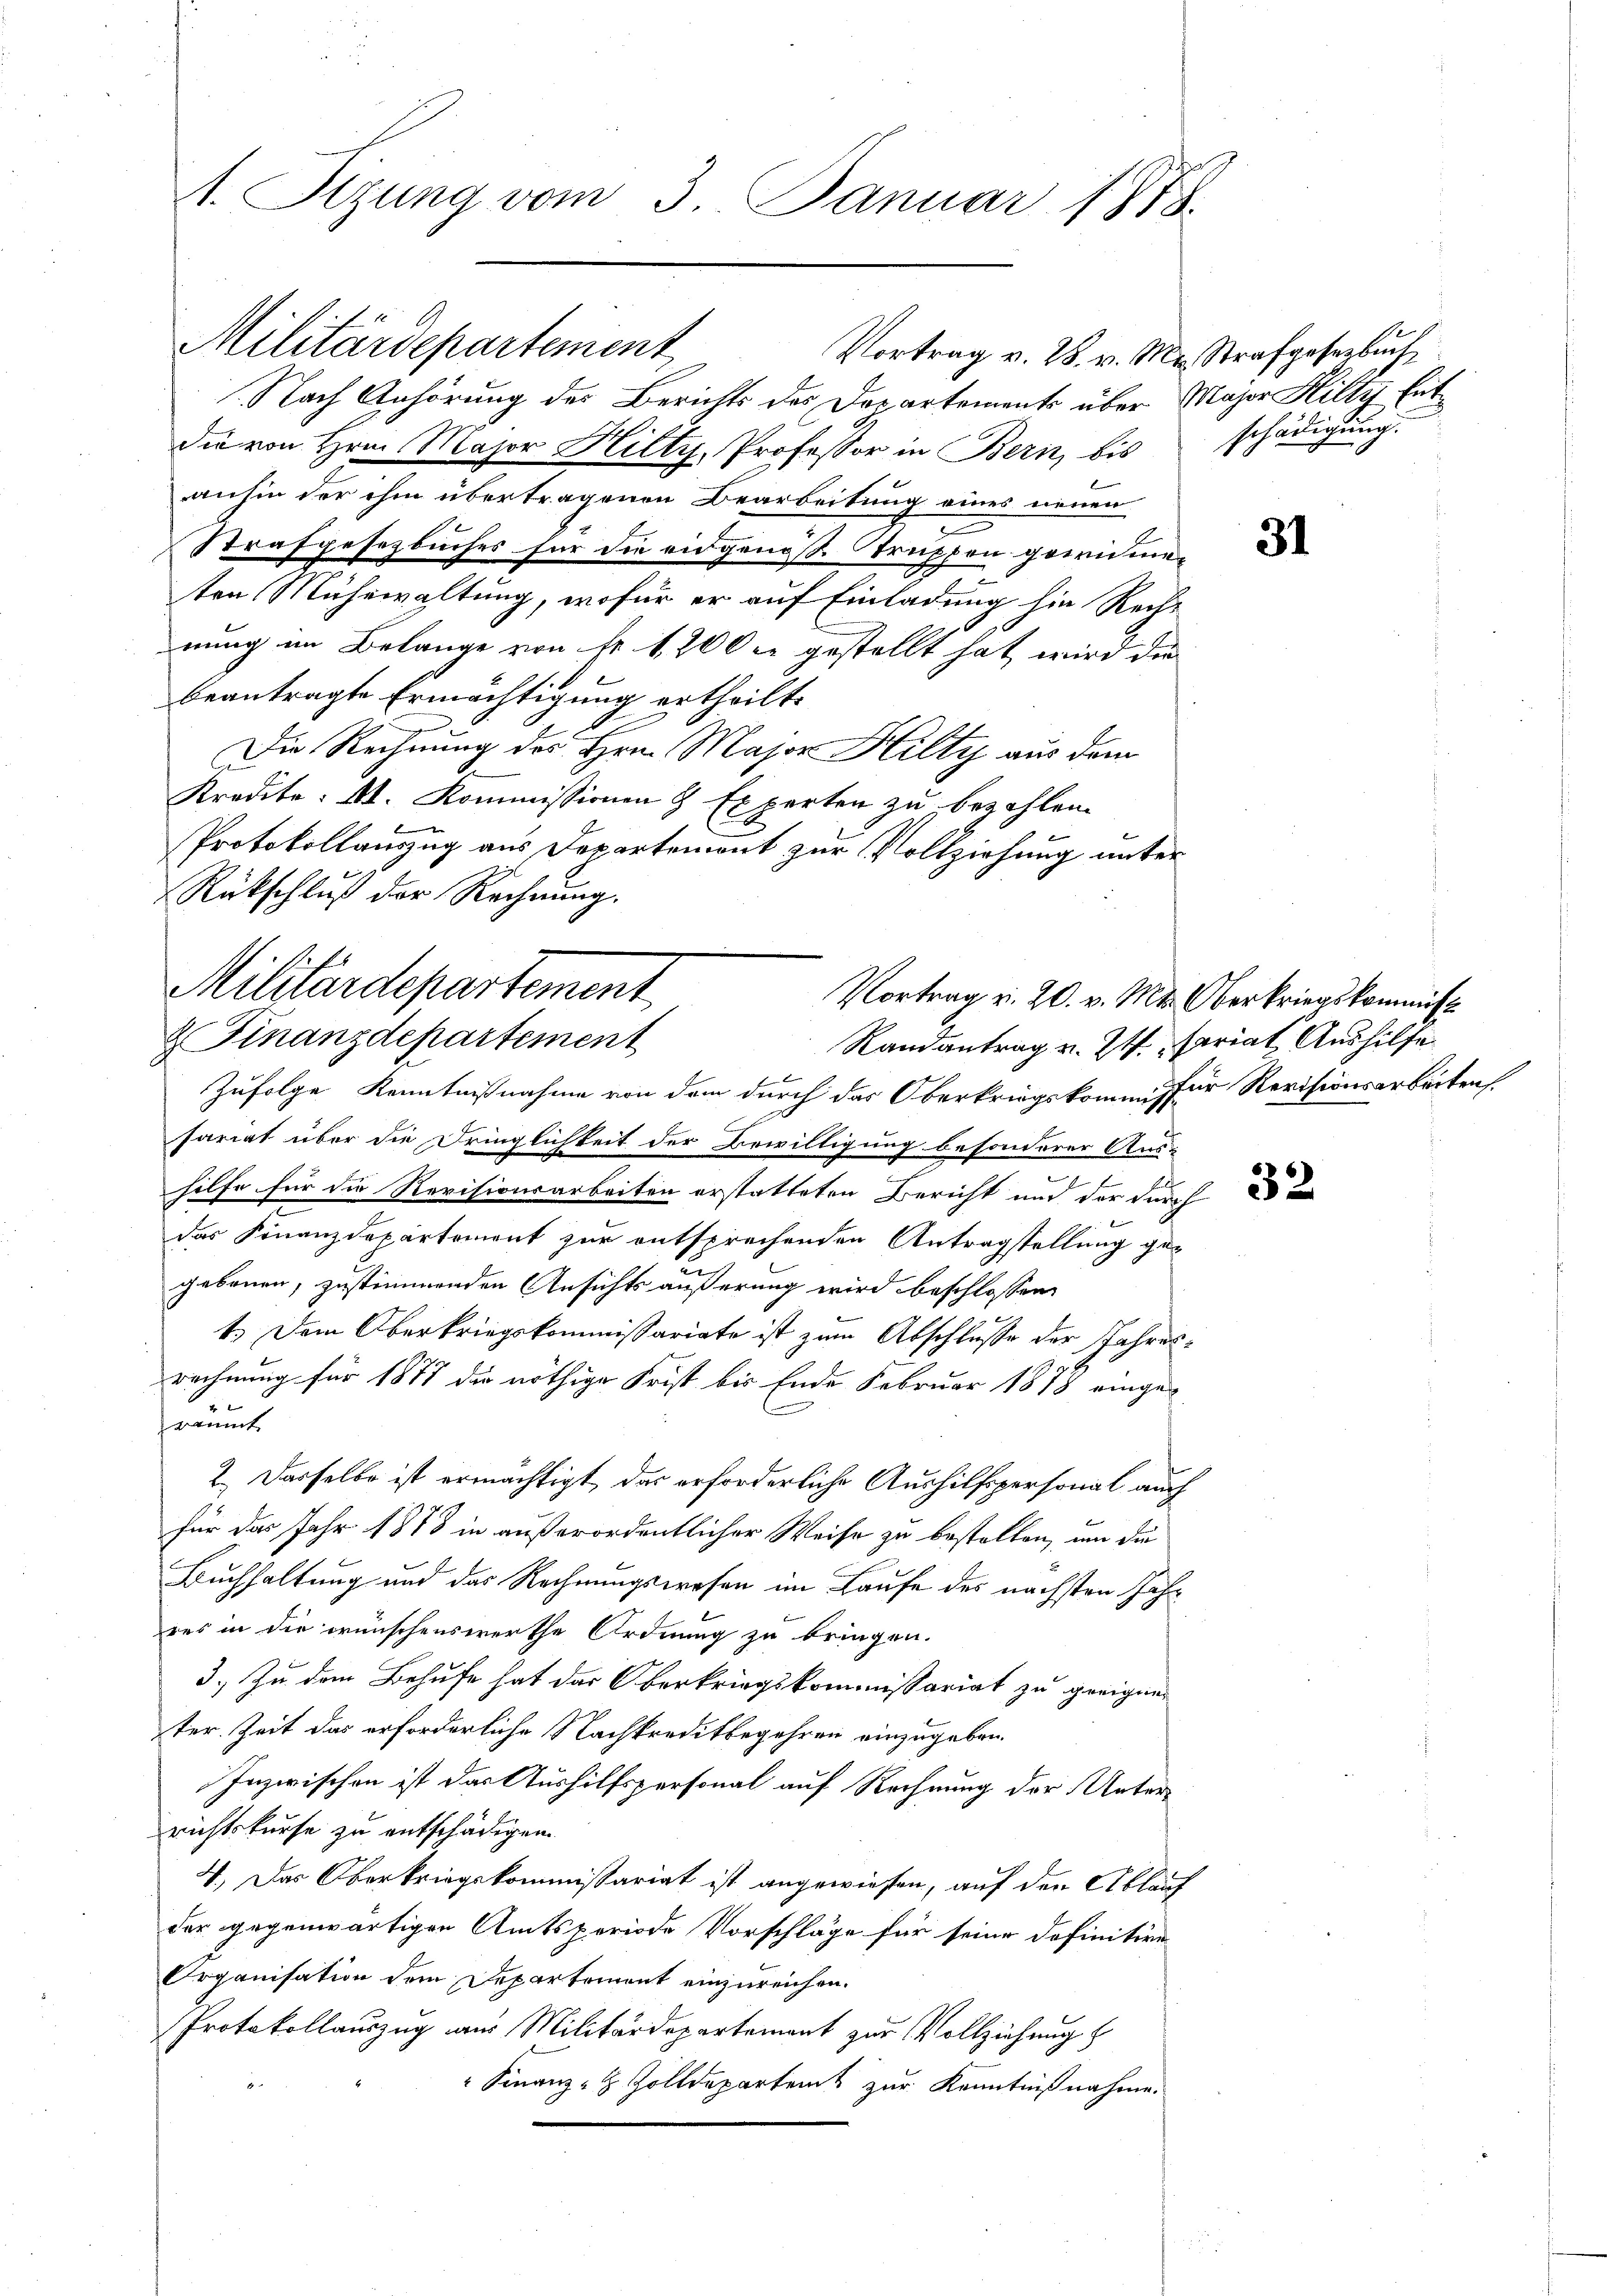
1. Sizung vom 3. Januar 1878.

Militärdepartement

Vortrag v. 28. v. M. Strafgesetzbuch

Nach Anhörung des Berichts des Dopartements über Major Hilty Entdie von Hrn. Major Hilty, Professor in Bern, bis
anhin der ihm übertragenen Bearbeitung eines neuen
Strafgesetzbuches für die eidgenoß Struppen gewidmeten Mühewaltung, wofür er auf Einladung hin Rech-
nung im Belange von Nr 1200 er gestellt hat, wird die
beantragte Ermächtigung ertheilt.
f
Die Rechnung des Hrn. Major Hilty aus dem
Kredito: Ab. Kommissionen 8 Experten zu bezahlen.
Protokollauszug aus Departemont zur Vollziehung unter
Rückschluß der Rechnung.
Zufolge Kenntnißnahme von dem durch das Oberkriegskommensfür Revisionsarbeiten.
sariat über die Dringlichkeit der Bewilligung besonderer Aus-
hilfe für die Revisionsarbeiten erstatteten Bericht und der durch e
das Finanzdepartement zur entsprechenden Antragstellung gegebenen, zustimmenden Ansichts äußerung wird beschlossen,
1.) Dem Oberkriegskommissariate ist zum Abschlusse der Jahresrechnung für 1877 die nöthige Frist bis Ende Februar 1878 eingefraumt
2.) Dasselbe ist ermächtigt, das erforderliche Aushilfspersonal auch
für das Jahr 1878 in außerordentlicher Weise zu bestellen, um die
Buchhaltung und das Rechnungswesen im Laufe des nächsten Jahres in die wünschenswerthe Ordnung zu bringen.
3.) Zu dem Behufe hat das Oberkriegskommissariat zu geeignen
ter Zeit das erforderliche Nachkreditbegehren einzugeben.
Inzwischen ist das Aushilfspersonal auf Rechnung der Unterrichtskurse zu entschädigen.
4.) Das Oberkriegskommissariat ist angewiesen, auf den Ablauf
der gegenwärtigen Amtsperiode Vorschläge für seine Definitive
Organisation dem Departement einzureichen.
Protokollauszug aus Militärdepartement zur Vollziehung
" Finanz- & Zolldepartent zur Kenntnißnahme.

Militärdepartement
Vortrag u. 20. v. Mt. Oberkriegskommis
 Finanzdepartement
Randantrag v. 24. Mariat Aushilfe

schädigung.

31